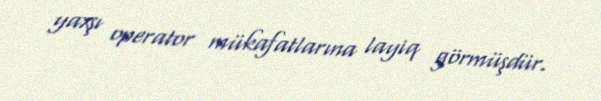
yaxşı operator mükafatlarına layiq görmüşdür.